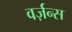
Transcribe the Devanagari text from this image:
वर्ज़न्स